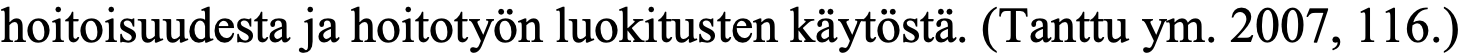
hoitoisuudesta ja hoitotyön luokitusten käytöstä. (Tanttu ym. 2007, 116.)